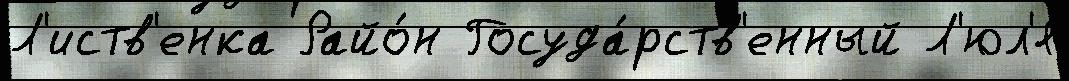
Л'иств'енка Райо́н Госуда́рств'енный Л'юл'я